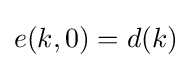
e(k,0)=d(k)\,\!